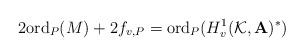
LaTeX: \begin{align*}2\mathrm{ord}_P(M)+2f_{v,P}=\mathrm{ord}_P(H_v^1(\mathcal{K},\mathbf{A})^*)\end{align*}